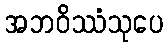
အဘဝိဿံသုပေ